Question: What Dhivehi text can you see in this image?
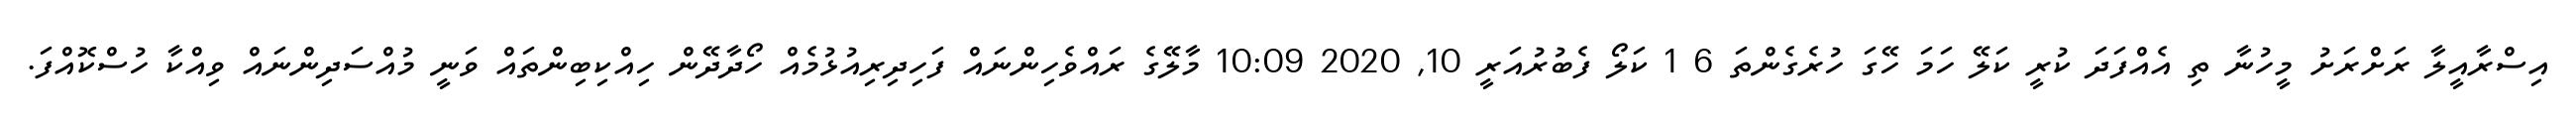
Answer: އިސްރާއީލާ ރަށްރަށު މީހުނާ ތި އެއްފަދަ ކުރީ ކަލޭ ހަމަ ހޭގަ ހުރެގެންތަ 6 1 ކަލޯ ފެބުރުއަރީ 10, 2020 10:09 މާލޭގެ ރައްވެހިންނައް ފަހިދިރިއުޅުމެއް ހޯދާދޭން ހިއްކިބިންތައް ވަނީ މުއްސަދިންނައް ވިއްކާ ހުސްކޮއްފަ.